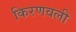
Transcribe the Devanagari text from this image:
किरणवली